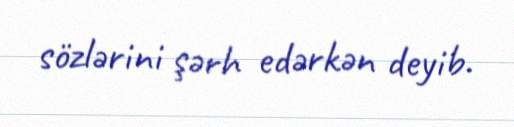
sözlərini şərh edərkən deyib.